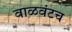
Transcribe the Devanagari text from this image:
वाळवंटच